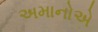
અમાનોએ